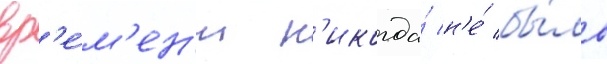
вр'е́м'ен'и н'икогда́ н'е́ бы́ло